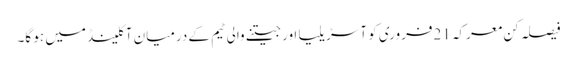
فیصلہ کن معرکہ 21فروری کو آسڑیلیا اور جیتنے والی ٹیم کے درمیان آکلینڈ میں ہو گا۔